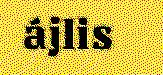
ájlis